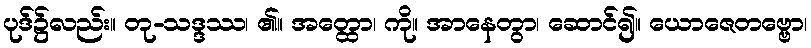
ပုဒ်၌လည်း။ တု-သဒ္ဒဿ၊ ၏။ အတ္ထော၊ ကို။ အာနေတွာ၊ ဆောင်၍။ ယောဇေတဗ္ဗော၊